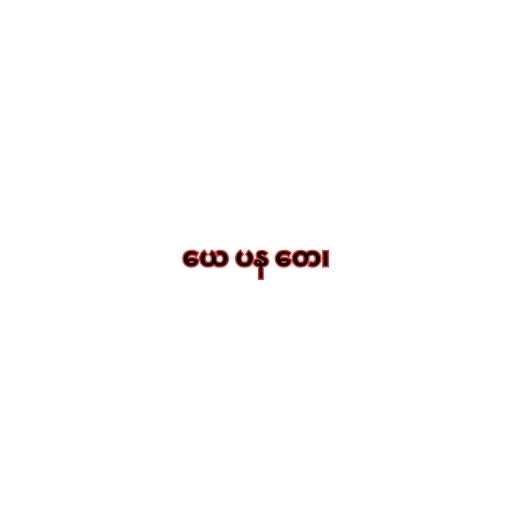
ယေ ပန တေ၊